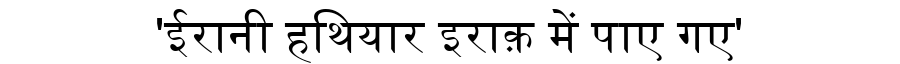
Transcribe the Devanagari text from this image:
'ईरानी हथियार इराक़ में पाए गए'